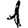
Digit: 1